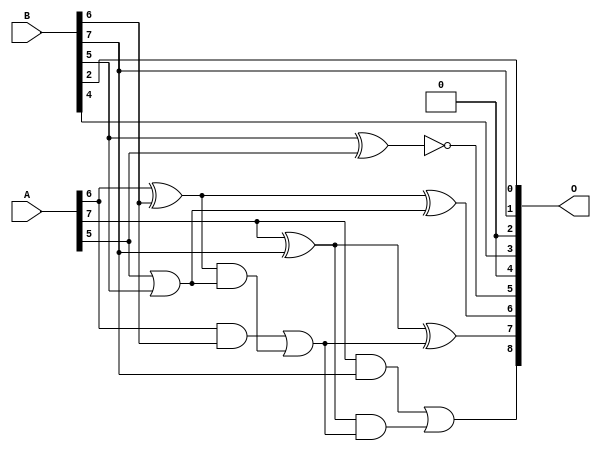
/***
* This code is a part of EvoApproxLib library (ehw.fit.vutbr.cz/approxlib) distributed under The MIT License.
* When used, please cite the following article(s):  
* This file contains a circuit from a sub-set of pareto optimal circuits with respect to the pwr and mae parameters
***/
// MAE% = 2.03 %
// MAE = 10 
// WCE% = 6.64 %
// WCE = 34 
// WCRE% = 3100.00 %
// EP% = 97.07 %
// MRE% = 6.23 %
// MSE = 164 
// PDK45_PWR = 0.0095 mW
// PDK45_AREA = 25.8 um2
// PDK45_DELAY = 0.24 ns


module add8u_099(A, B, O);
  input [7:0] A, B;
  output [8:0] O;
  wire sig_42, sig_43, sig_44, sig_45, sig_47, sig_48;
  wire sig_49, sig_50;
  assign O[4] = 1'b0;
  assign O[2] = 1'b0;
  assign O[5] = !(B[5] ^ A[5]);
  assign sig_42 = A[5] | B[5];
  assign sig_43 = A[6] ^ B[6];
  assign sig_44 = A[6] & B[6];
  assign sig_45 = sig_43 & sig_42;
  assign O[6] = sig_43 ^ sig_42;
  assign sig_47 = sig_44 | sig_45;
  assign sig_48 = A[7] ^ B[7];
  assign sig_49 = A[7] & B[7];
  assign sig_50 = sig_48 & sig_47;
  assign O[7] = sig_48 ^ sig_47;
  assign O[8] = sig_49 | sig_50;
  assign O[0] = B[2];
  assign O[1] = B[7];
  assign O[3] = B[4];
endmodule